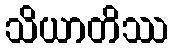
သိယာတိဿ